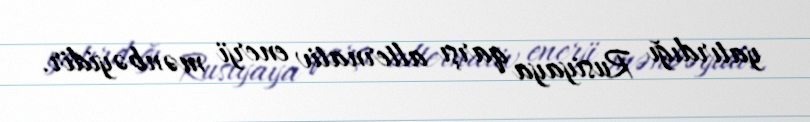
yatırdığı Rusiyaya qarşı alternativ enerji mənbəyidir.